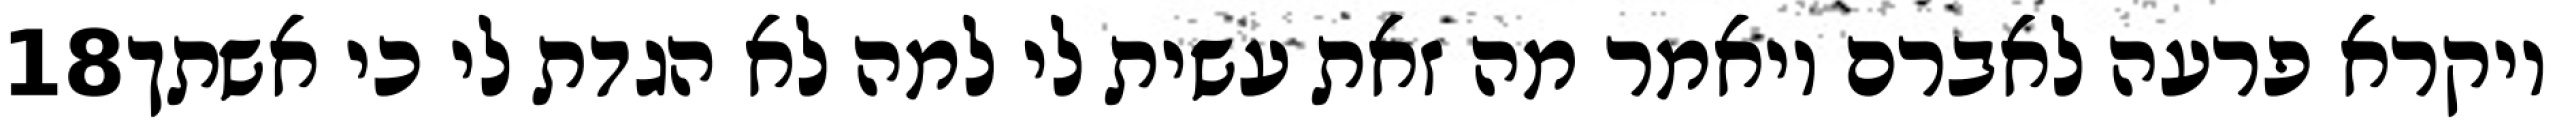
‎18‏ ויקרא פרעה לאברם ויאמר מה זאת עשית לי למה לא הגדת לי כי אשתך